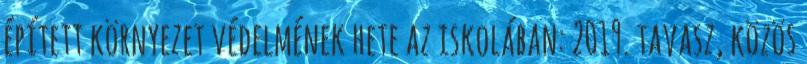
épített környezet védelmének hete az iskolában: 2019. tavasz, közös